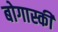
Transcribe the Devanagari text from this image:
बोगास्की